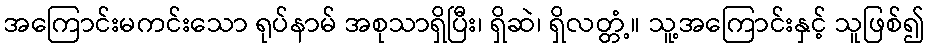
အကြောင်းမကင်းသော ရုပ်နာမ် အစုသာရှိပြီး၊ ရှိဆဲ၊ ရှိလတ္တံ့။ သူ့အကြောင်းနှင့် သူဖြစ်၍